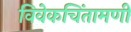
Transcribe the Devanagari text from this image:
विवेकचिंतामणी